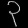
Digit: ၃